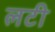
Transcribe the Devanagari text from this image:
लटी